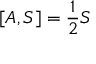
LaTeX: [ A , S ] = { \frac { 1 } { 2 } } S